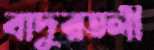
বাদুরতলী